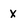
Character: x